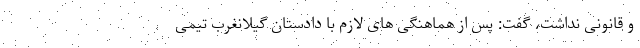
و قانونی نداشت، گفت: پس از هماهنگی های لازم با دادستان گیلانغرب تیمی